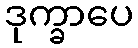
ဒုက္ခာပေ